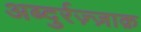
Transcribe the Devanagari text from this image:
अब्दुर्रज़्ज़ाक़